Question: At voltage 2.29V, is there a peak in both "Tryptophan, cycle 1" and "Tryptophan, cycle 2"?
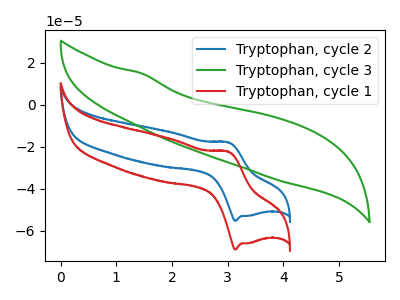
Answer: <think>The blue curve "Tryptophan, cycle 2" has an anodic peak at (3.00V, -17.95uA) and a cathodic peak at (3.15V, -55.35uA). The green curve "Tryptophan, cycle 3" has no peaks. The red curve "Tryptophan, cycle 1" has an anodic peak at (3.00V, -22.40uA) and a cathodic peak at (3.15V, -68.95uA).</think>
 <answer>No, "Tryptophan, cycle 1" and "Tryptophan, cycle 2" dont share a peak at 2.29V.</answer>
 <eval>mismatch</eval>